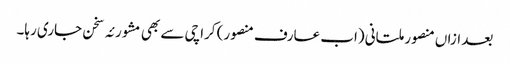
بعد ازاں منصور ملتانی (اب عارف منصور) کراچی سے بھی مشورئہ سخن جاری رہا۔